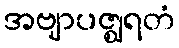
အဗျာပဇ္ဈရတံ